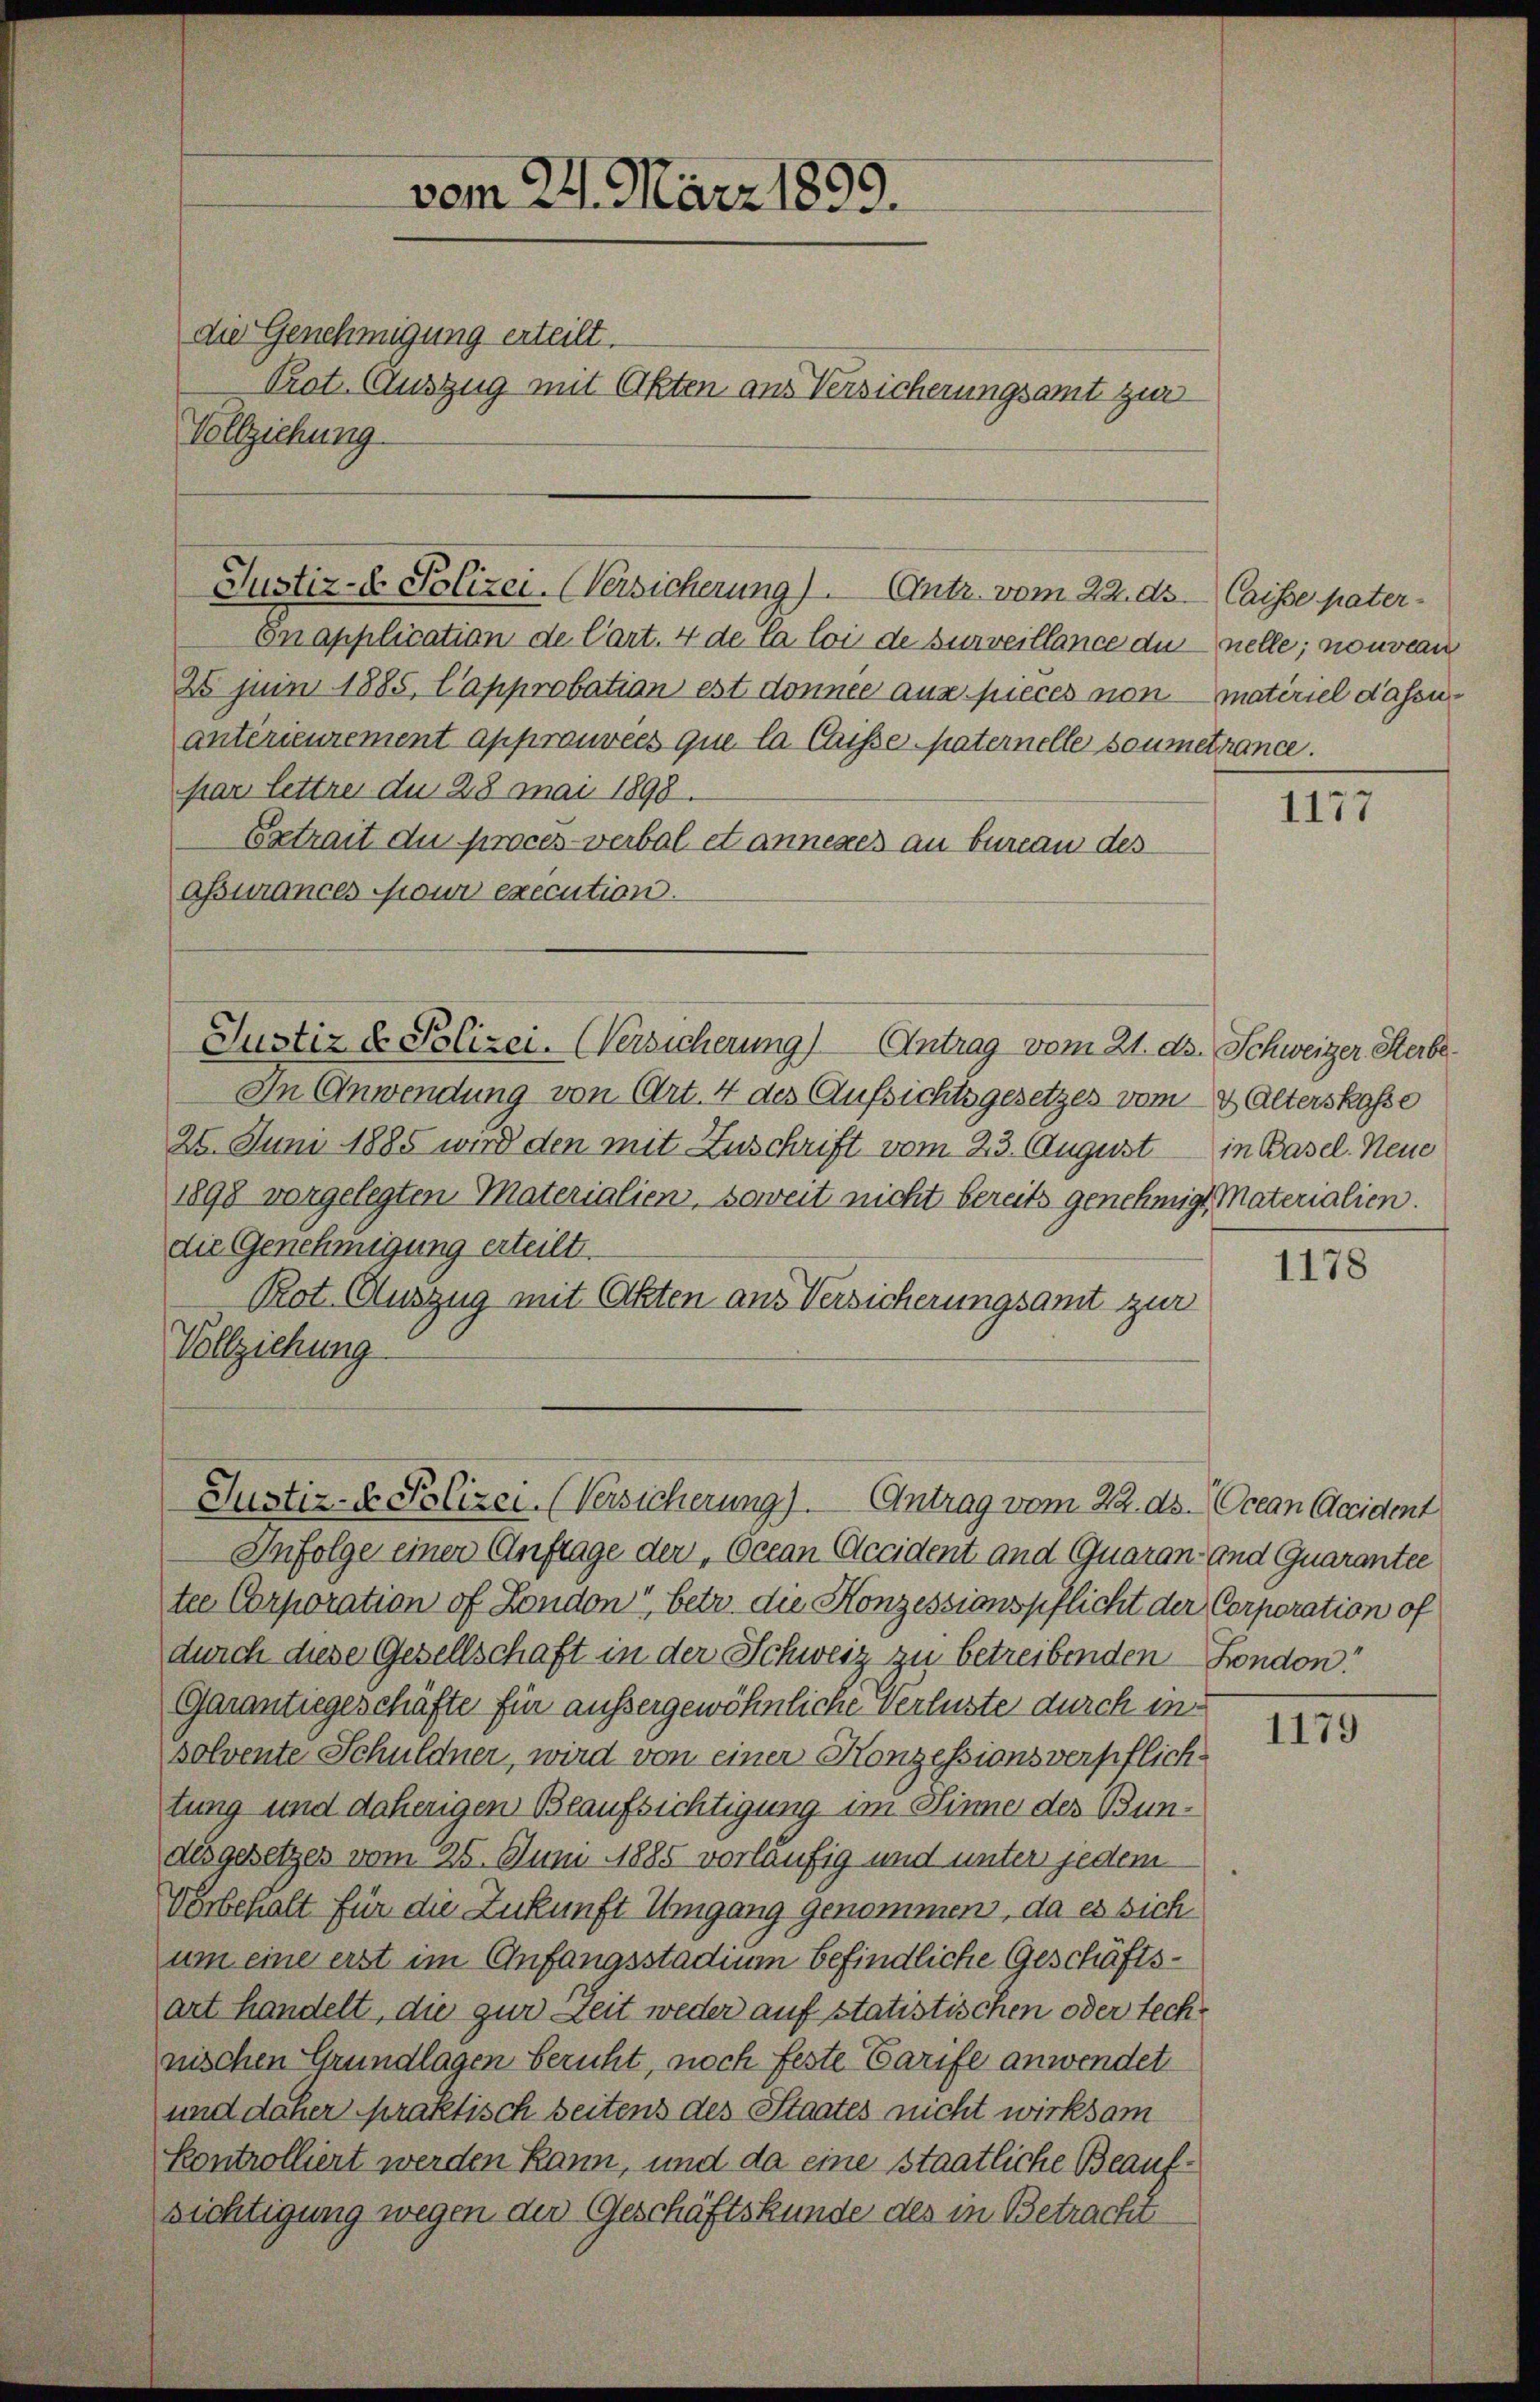
Justiz- & Polizei- (Versicherung). Antr. vom 22. ds. Caisse pater¬

die Genehmigung erteilt.
Prot. Auszug mit Okten aus Versicherungsamt zur
Vollziehung

Cnapplication de Cart. 4 de la loi de surveillance du nelle; nouveau
25 juin 1885, Capprobation est donnen aus pieces non materiel dasseantérieurement approuvées que la Caisse Maternelle soumettance.
par lettre du 28 Mai 1898
Betrait du procès-verbal et annexes an bureau des
aßurances ou execution.

vom 24. März 1899.

In Anwendung von Art. 4 des Aufsichtsgesetzes vom 2. Alterskasse
25. Juni 1885 wird den mit Zuschrift vom 23. August in Basel. Neue
1898 vorgelegten Materialien, soweit nicht bereits genehmigt, Materialien.
die Genehmigung erteilt.
Pot. Auszug mit Akten aus Versicherungsamt zur
Vollziehung

Justiz & Polizei. (Versicherung) Antrag vom 21. ds. Schweizer Sterbe¬

Justiz- & Polizei (Versicherung). Antrag vom 22. ds. (Ocean Accident

Infolge einer Anfrage der, Ocean Accident and Quaran und Quarantee
tee Corporation of London, betr. die Konzessionspflicht der Corporation of
durch diese Gesellschaft in der Schweiz zu betreibenden Fondon.
Garantiegeschäfte für aussergewöhnliche Verluste durch in
solvente Schuldner, wird von einer Konzessionsverpflich.
tung und daherigen Beaufsichtigung im Sinne des Bundesgesetzes vom 25. Juni 1885 vorläufig und unter jedem
Vorbehalt für die Zukunft Umgang genommen, da es sich
um eine erst im Anfangsstadium befindliche Geschäftsart handelt, die zur Zeit weder auf statistischen oder tech-
nischen Grundlagen beruht, noch feste Garife anwendet
und daher praktisch seitens des Staates nicht wirksam
kontrolliert werden kann, und da eine staatliche Beaufrichtigung wegen die Geschäftskunde des in Betracht

1177

1178

1179